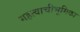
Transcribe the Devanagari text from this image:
महत्वाचीभूमिका